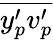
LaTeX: \overline{{{y_{p}^{\prime}}{v_{p}^{\prime}}}}